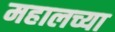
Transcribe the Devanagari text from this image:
महालच्या